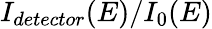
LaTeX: I_{detector}(E)/I_{0}(E)